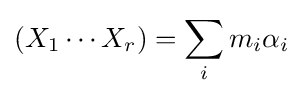
(X_{1}\cdots X_{r})=\sum _{i}m_{i}\alpha _{i}